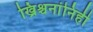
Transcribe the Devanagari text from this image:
ख्रिश्चनांनिही